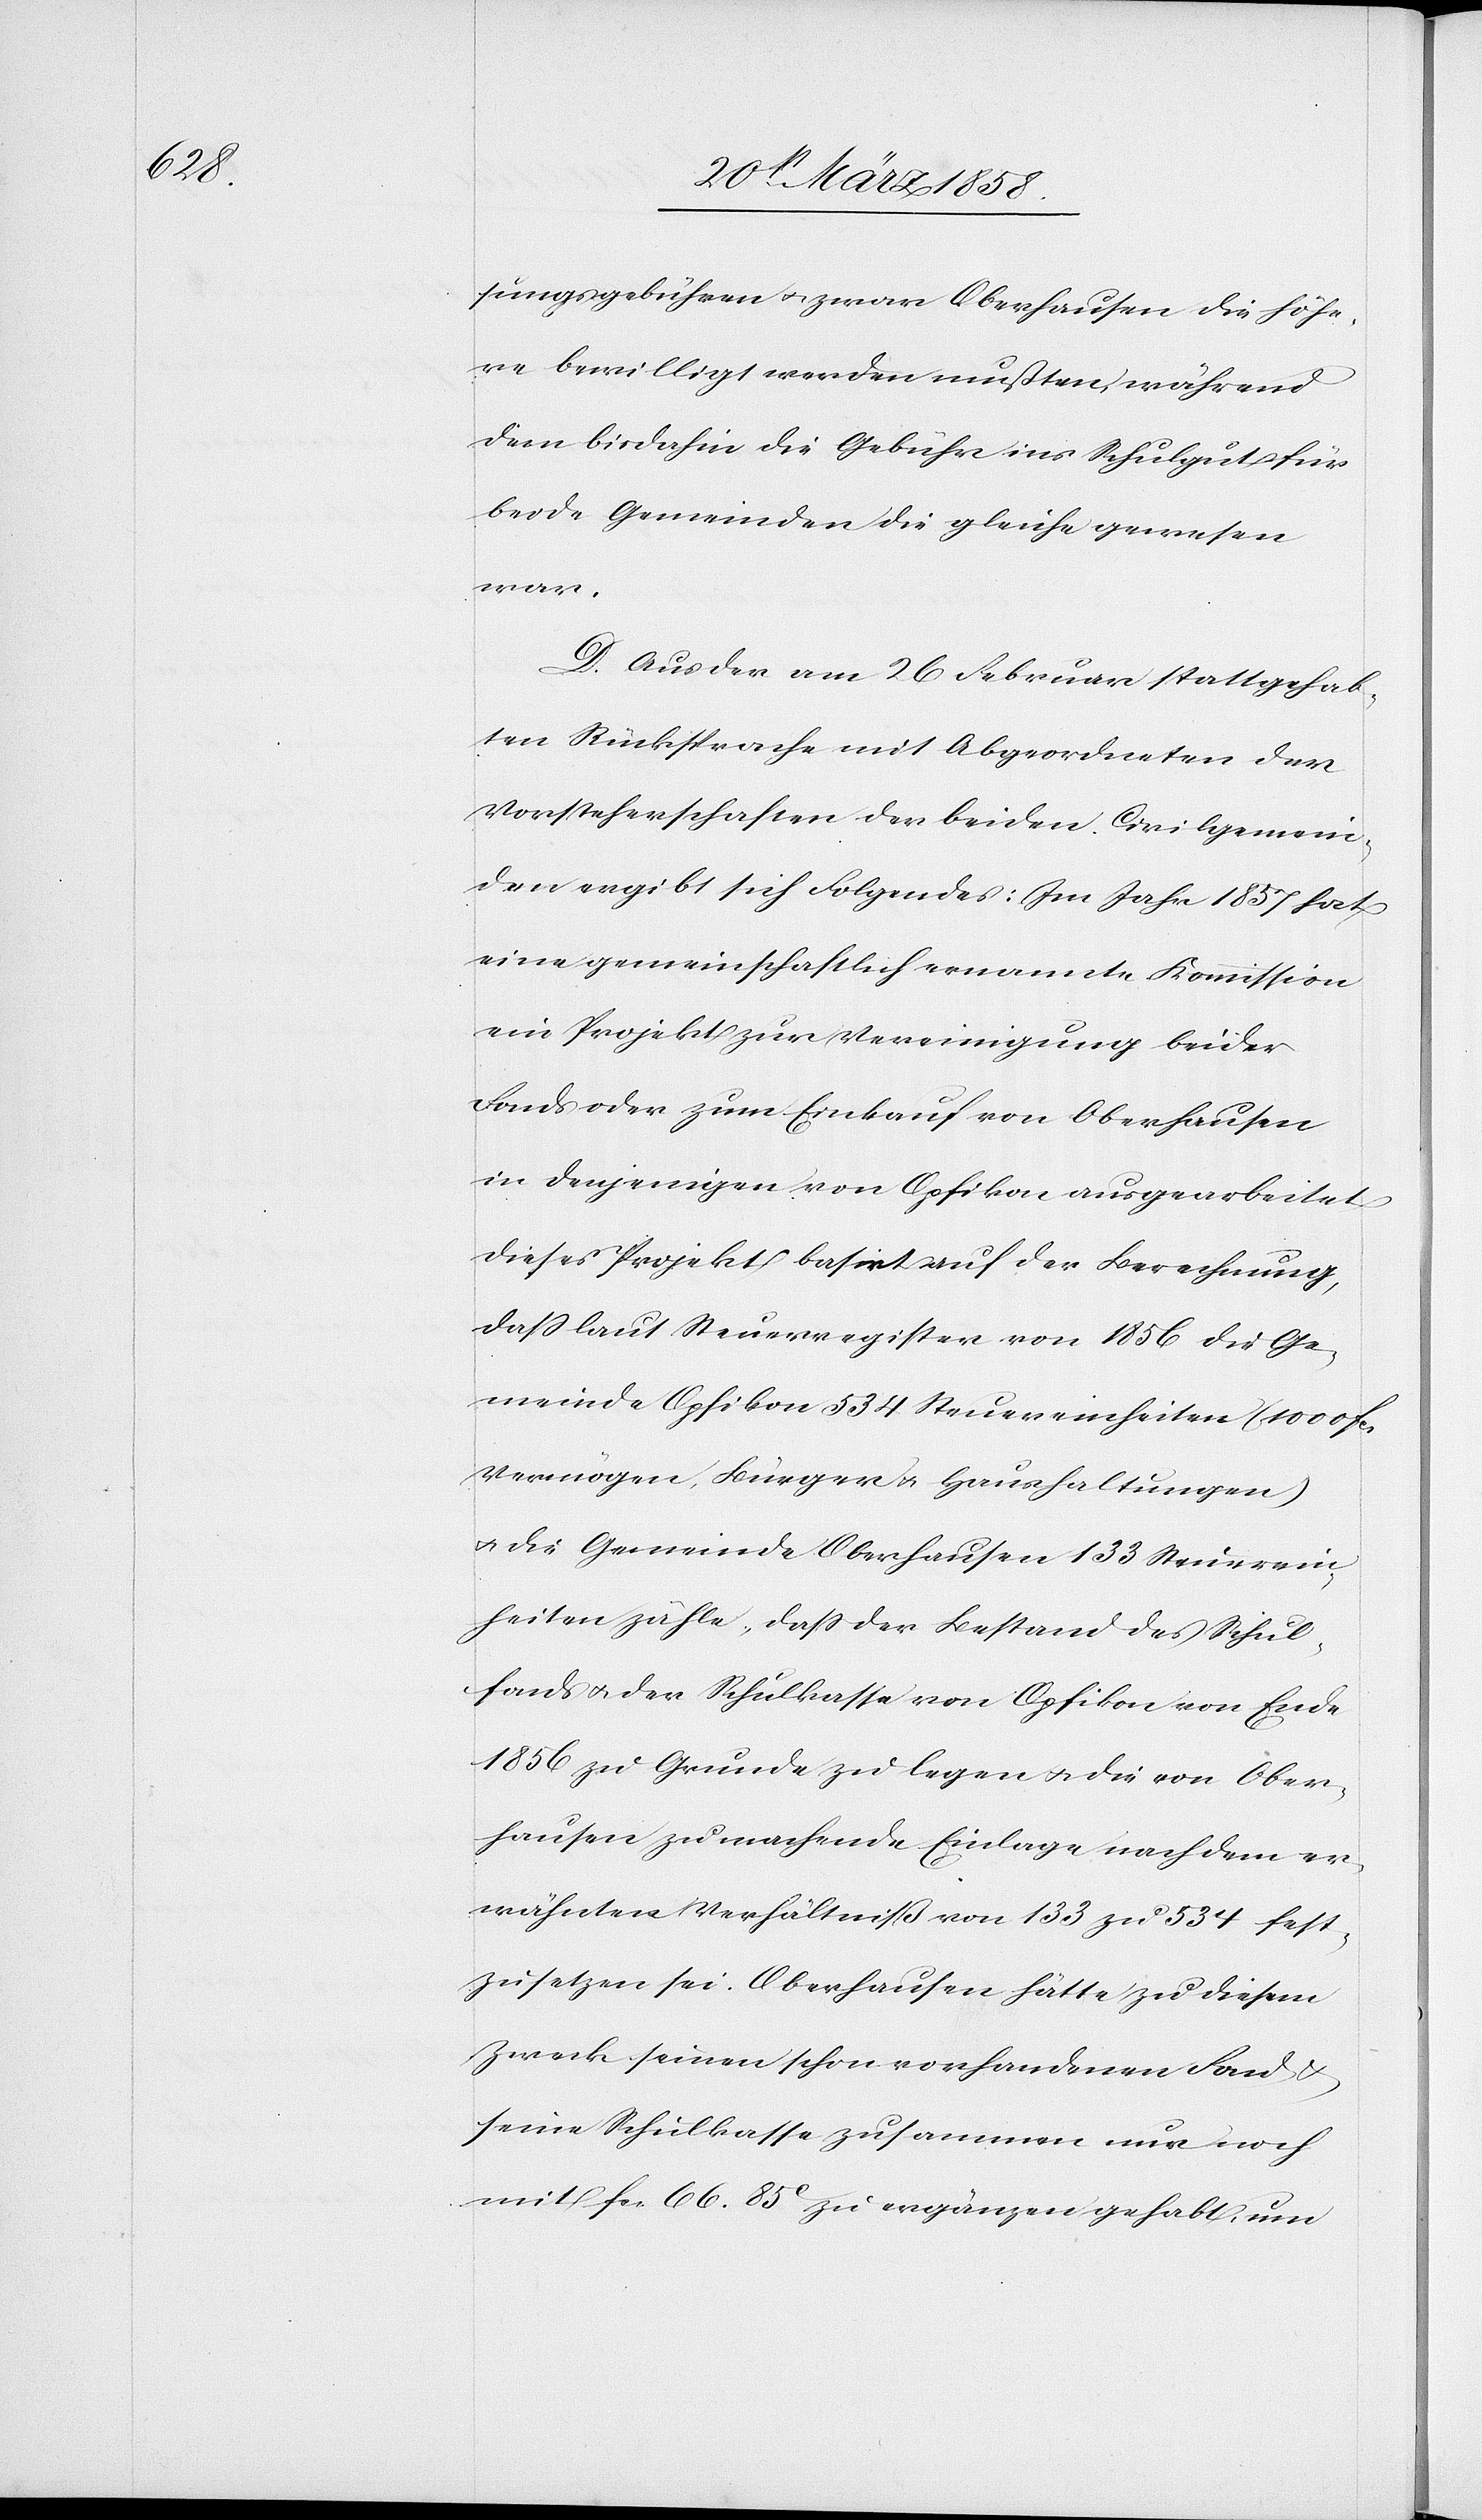
sungsgebühren u. zwar Oberhausen die höhe¬
re bewilligt werden mußten, während¬
dem bisdahin die Gebühr ins Schulgut für
beide Gemeinden die gleiche gewesen
war.
D. Aus der am 26. Februar stattgehab¬
ten Rücksprache mit Abgeordneten der
Vorsteherschaften der beiden Civilgemein¬
den ergibt sich Folgendes: Im Jahr 1857 hat
eine gemeinschaftlich ernannte Kommission
ein Projekt zur Vereinigung beider
Fonds oder zum Einkauf von Oberhausen
in denjenigen von Opfikon ausgearbeitet.
Dieses Projekt basirt auf der Berechnung,
daß laut Steuerregister von 1856 die Ge¬
meinde Opfikon 534 Steuereinheiten (1000 fcs.
Vermögen, Bürger u. Haushaltungen)
u. die Gemeinde Oberhausen 133 Steuerein¬
heiten zähle, daß der Bestand des Schul¬
fonds u. der Schulkasse von Opfikon von Ende
1856 zu Grunde zu legen u. die von Ober¬
hausen zu machende Einlage nach dem er¬
wähnten Verhältniß von 133 zu 534 fest¬
zusetzen sei. Oberhausen hätte zu diesem
Zweck seinen schon vorhandenen Fond
seine Schulkasse zusammen nur noch
mit fcs. 66 85C zu ergänzen gehabt, um